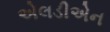
એલડીએન